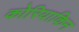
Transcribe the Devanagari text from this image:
कोरियाकिन